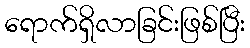
ရောက်ရှိလာခြင်းဖြစ်ပြီး